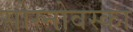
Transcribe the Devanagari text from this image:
सोस्नोवस्का